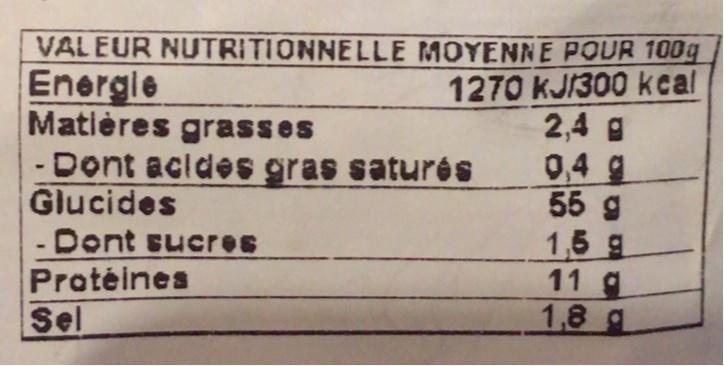
Energle Matières grasses - Dont acides gras saturés Glucides - Dont sucres Protéines
VALEUR NUTRITIONNELLE MOYENNE POUR 100g 1270 KJI300 kcal 2,4 g 0,4 g 55 g 1,5 g 11 g 1,8 g
Sel